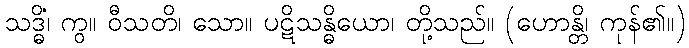
သဒ္ဓိံ၊ ကွ။ ဝီသတိ၊ သော။ ပဋိသန္ဓိယော၊ တို့သည်။ (ဟောန္တိ၊ ကုန်၏။)